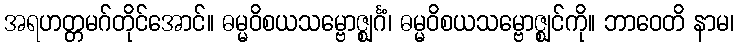
အရဟတ္တမဂ်တိုင်အောင်။ ဓမ္မဝိစယသမ္ဗောဇ္ဈင်္ဂံ၊ ဓမ္မဝိစယသမ္ဗောဇ္ဈင်ကို။ ဘာဝေတိ နာမ၊